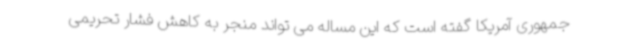
جمهوری آمریکا گفته است که این مساله می تواند منجر به کاهش فشار تحریمی